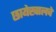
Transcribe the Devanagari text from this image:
छायेखालचे